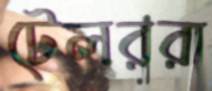
টেলররা